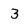
Character: 3